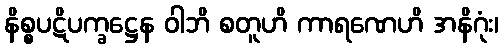
နိစ္စပဋိပက္ခဋ္ဌေန ဝါဘိ စတူဟိ ကာရဏေဟိ အနိဂုံး၊